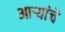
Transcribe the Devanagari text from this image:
आर्‍यांचे